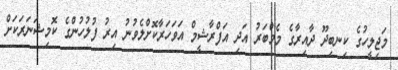
މަޖިލީހުުގެ ކިނބިދޫ ދާއިރާގެ މެމްބަރު އަދި އަފްރާޝީމް އަވަހަރާކޮށްލެވުނު އިރު ފުލުހުންގެ ކޮމިޝަނަރަކަށް